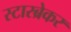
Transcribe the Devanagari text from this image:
स्टारब्रेकर